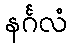
နင်္ဂလံ